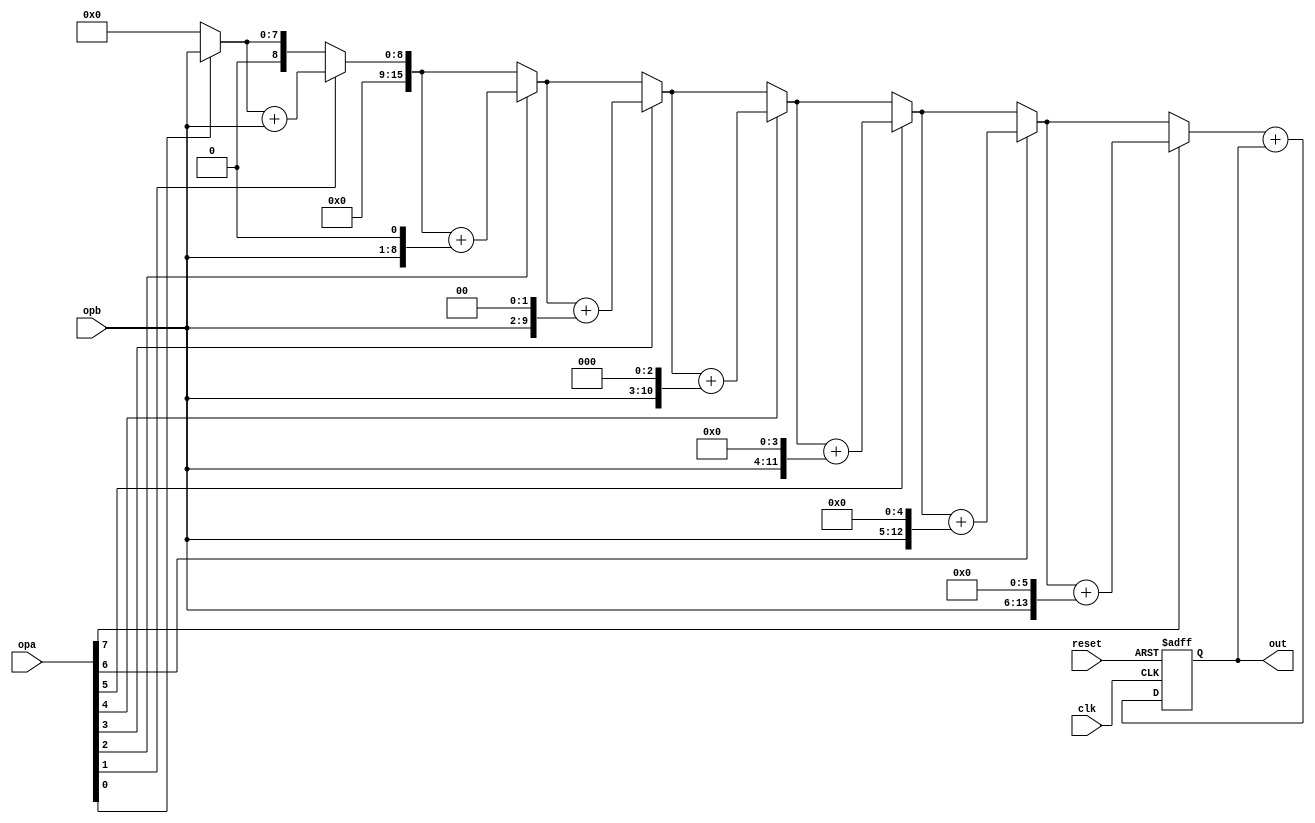
module MAC #(parameter N=8)(
	input clk,
	input reset,
	input [N-1:0]       opa,
	input [N-1:0]       opb,
	output reg[2*N-1:0] out
);

function[2*N-1:0] mult;//mult 
	input[N-1:0] opa;    //
	input[N-1:0] opb;    //
	reg[2*N-1:0] result; 
	integer i;
begin
	result = opa[0]? opb : 0;
	for(i= 1; i <= N; i = i+1)
	begin
		if(opa[i]==1) result=result+(opb<<(i-1));
	end
	mult=result;
end
endfunction

wire[2*N-1:0] sum;
assign sum = mult(opa,opb) + out;
always@(posedge clk or negedge reset)
if(!reset) 
	out<=0;
else    
	out<=sum;

endmodule